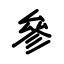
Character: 参